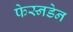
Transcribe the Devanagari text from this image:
फेस्नडेन